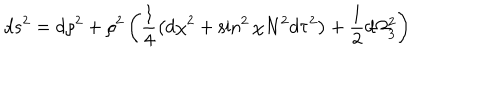
LaTeX: d s ^ { 2 } = d \rho ^ { 2 } + \rho ^ { 2 } \left( \frac { 1 } { 4 } \left( d \chi ^ { 2 } + \sin ^ { 2 } { \chi } N ^ { 2 } d \tau ^ { 2 } \right) + \frac { 1 } { 2 } d \Omega _ { 3 } ^ { 2 } \right)